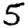
Digit: 5